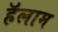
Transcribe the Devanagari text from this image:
हॅलाम